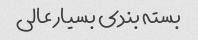
بسته بندی بسیار عالی